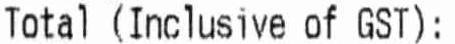
TOTAL (INCLUSIVE OF GST):